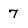
Character: 7